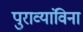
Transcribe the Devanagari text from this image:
पुराव्यांविना